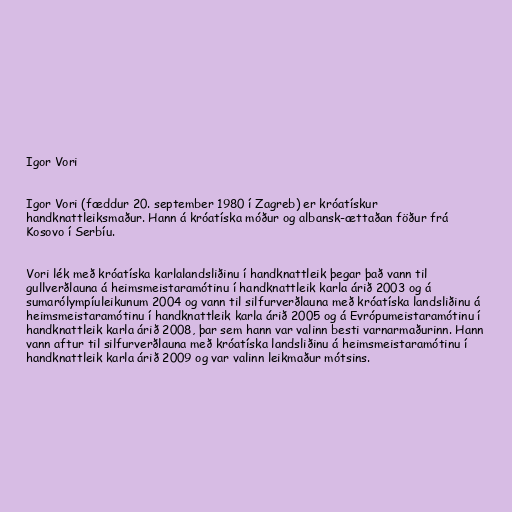
Igor Vori

Igor Vori (fæddur 20. september 1980 í Zagreb) er króatískur
handknattleiksmaður. Hann á króatíska móður og albansk-ættaðan föður frá
Kosovo í Serbíu.

Vori lék með króatíska karlalandsliðinu í handknattleik þegar það vann til
gullverðlauna á heimsmeistaramótinu í handknattleik karla árið 2003 og á
sumarólympíuleikunum 2004 og vann til silfurverðlauna með króatíska landsliðinu á
heimsmeistaramótinu í handknattleik karla árið 2005 og á Evrópumeistaramótinu í
handknattleik karla árið 2008, þar sem hann var valinn besti varnarmaðurinn. Hann
vann aftur til silfurverðlauna með króatíska landsliðinu á heimsmeistaramótinu í
handknattleik karla árið 2009 og var valinn leikmaður mótsins.